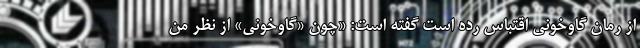
از رمان گاوخونی اقتباس رده است گفته است: «چون «گاوخونی» از نظر من